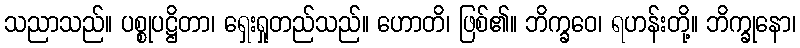
သညာသည်။ ပစ္စုပဋ္ဌိတာ၊ ရှေးရှုတည်သည်။ ဟောတိ၊ ဖြစ်၏။ ဘိက္ခဝေ၊ ရဟန်းတို့။ ဘိက္ခုနော၊